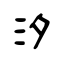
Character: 汐